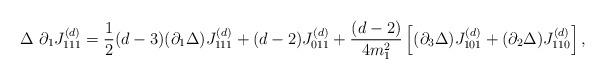
LaTeX: \begin{align*}\Delta~ \partial_1 J^{(d)}_{1 1 1}=\frac12(d-3)(\partial_1 \Delta) J^{(d)}_{1 1 1}+(d-2)J^{(d)}_{0 1 1}+\frac{(d-2)}{4m_1^2}\left[(\partial_3 \Delta) J^{(d)}_{1 0 1} +(\partial_2 \Delta) J^{(d)}_{1 1 0} \right],\end{align*}